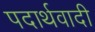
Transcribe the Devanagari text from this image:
पदार्थवादी